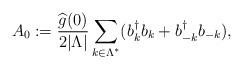
LaTeX: \begin{align*}A_0 := \frac{\widehat{g}(0) }{2\lvert \Lambda \rvert }\sum_{k \in \Lambda^*}(b_k^{\dagger} b_k + b_{-k}^{\dagger} b_{-k}), \end{align*}